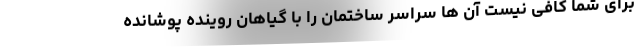
برای شما کافی نیست آن ها سراسر ساختمان را با گیاهان روینده پوشانده